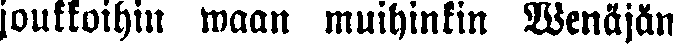
joukkoihin waan muihinkin Wenäjän